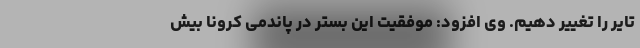
تایر را تغییر دهیم. وی افزود: موفقیت این بستر در پاندمی کرونا بیش